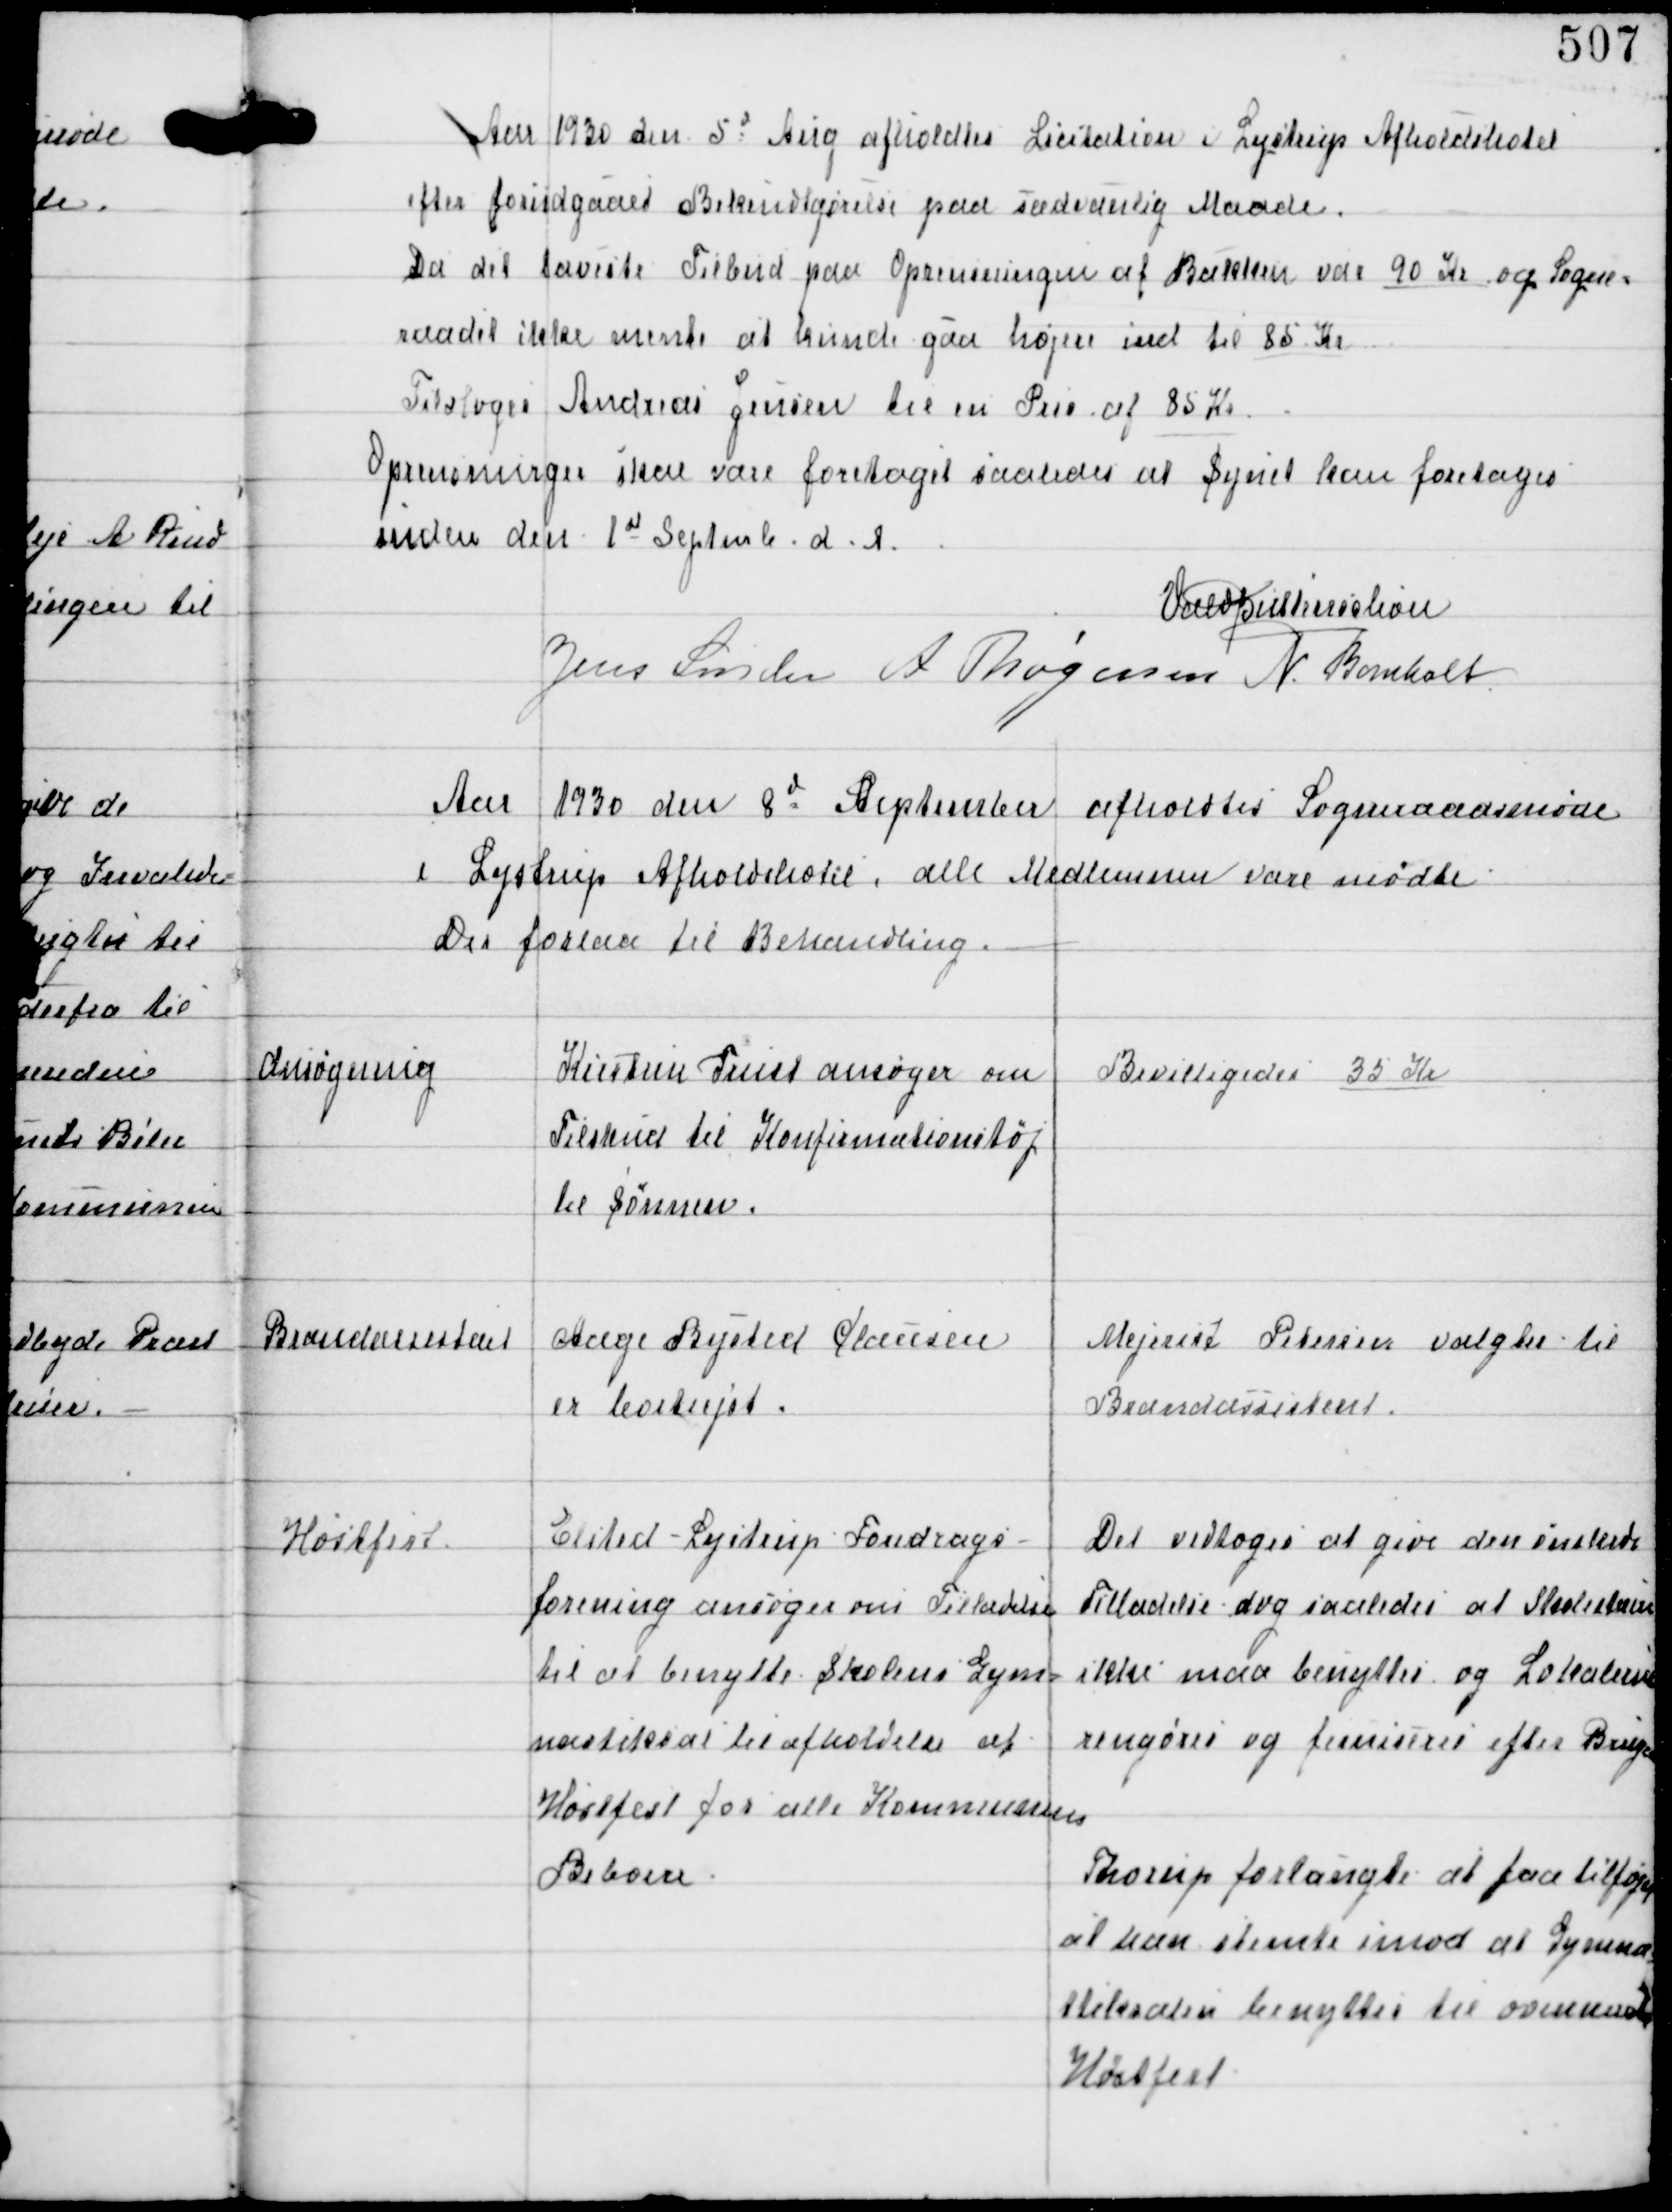
Transskription:
Aar 1930 den 5d Aug afholdtes Licitation i Lystrup Afholdshotel
efter forudgaaed Bekendtgørelse paa sædvanlig Maade.

Da det laveste Tilbud paa Oprensningen af Bækken var 90 Kr og Sogne-
raadet ikke mente at kunde gaa højere end til 85 Kr
Tilsloges Andreas Jensen til en Pris af 85 Kr.
Oprensningen skal være foretaget saaledes at Synet kan foretages
inden den 1st September d.A.

Vald Buttenschøn
Jens Sønder A Thøgersen N. Bomholt

Aar 1930 den 8d September afholdtes Sogneraadsmøde
i Lystrup Afholdshotel, alle Medlemmer vare mødte.
Der forelaa til Behandling.

Ansøgning

Kristine Trust ansøger om
Tilskud til Konfimationstøj
til Sønnen.

Bevilligedes 35 Kr

Brandassistent

Aage Bysted Clausen
er bortrejst.

Mejerist Petersen valgtes til
Brandassistent.

Høstfest.

Elsted-Lystrup Foredrags-
forening ansøger om Tilladelse
til at benytte Skolens Gym-
nastiksal til afholdelse af
Høstfest for alle Kommunens
Beboere.

Det vedtoges at give den ønskede
Tilladelse dog saaledes at Skolestuen
ikke maa benyttes og Lokalerne
rengøres og ferniseres efter Brugen

Thorup forlangte at faa tilføjet
at han stemte imod at Gymna-
stiksalen benyttes til ovennævnte
Høstfest